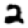
Digit: 2